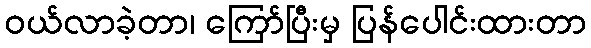
ဝယ်လာခဲ့တာ၊ ကြော်ပြီးမှ ပြန်ပေါင်းထားတာ